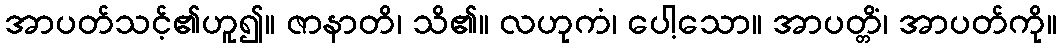
အာပတ်သင့်၏ဟူ၍။ ဇာနာတိ၊ သိ၏။ လဟုကံ၊ ပေါ့သော။ အာပတ္တိံ၊ အာပတ်ကို။